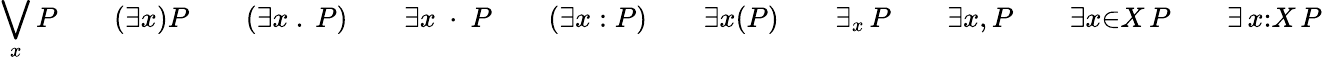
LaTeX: \bigvee_{x}P\qquad(\exists{x})P\qquad(\exists x\ .\ P)\qquad\exists x\ \cdot\ P\qquad(\exists x:P)\qquad\exists{x}(P)\qquad\exists_{x}\, P\qquad\exists{x}{,}\, P\qquad\exists{x}{\in}X\, P\qquad\exists\, x{:}X\, P